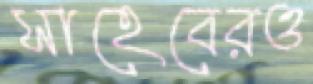
সাহেবেরও